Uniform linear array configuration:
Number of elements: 16
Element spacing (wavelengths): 0.5
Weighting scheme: uniform
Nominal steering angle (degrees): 45
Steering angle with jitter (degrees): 45.036
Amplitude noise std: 0.05
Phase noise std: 0.05

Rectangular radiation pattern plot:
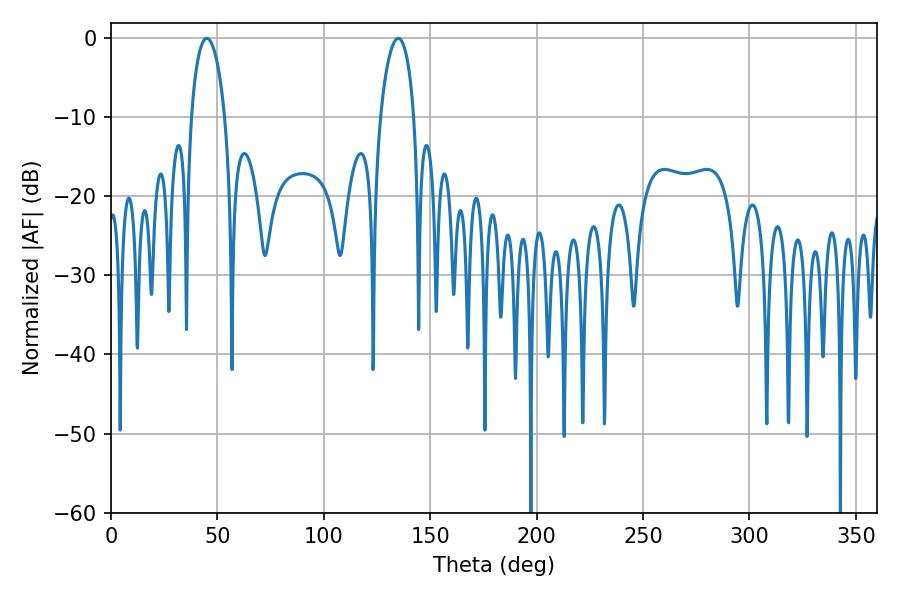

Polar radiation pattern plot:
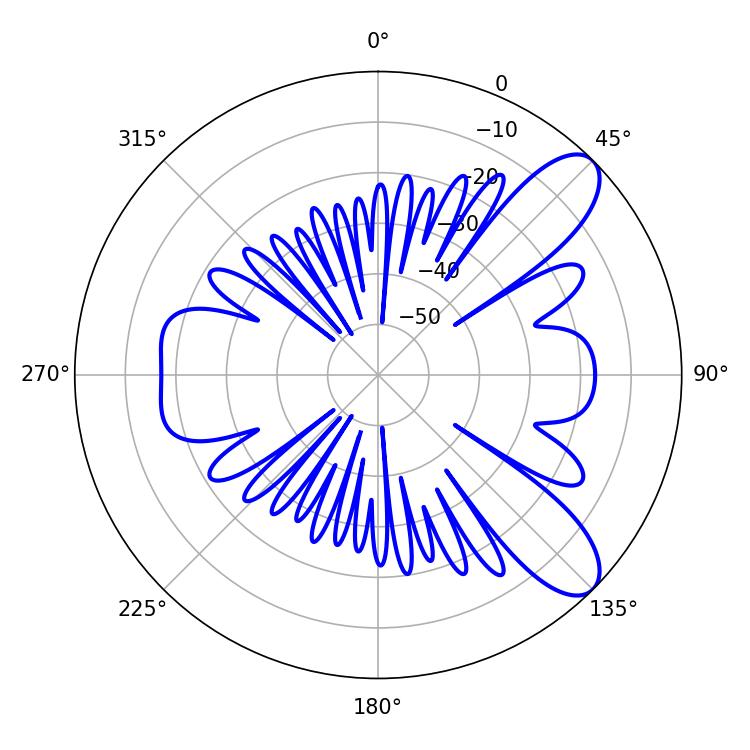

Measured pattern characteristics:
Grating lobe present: FALSE
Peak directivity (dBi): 9.238
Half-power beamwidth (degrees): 9
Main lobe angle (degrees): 45